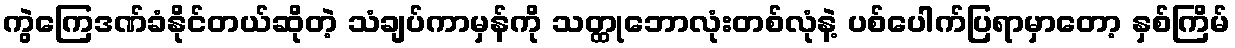
ကွဲကြေဒဏ်ခံနိုင်တယ်ဆိုတဲ့ သံချပ်ကာမှန်ကို သတ္ထုဘောလုံးတစ်လုံနဲ့ ပစ်ပေါက်ပြရာမှာတော့ နှစ်ကြိမ်